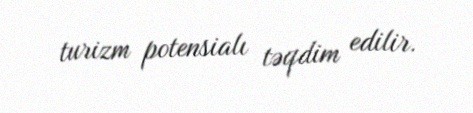
turizm potensialı təqdim edilir.